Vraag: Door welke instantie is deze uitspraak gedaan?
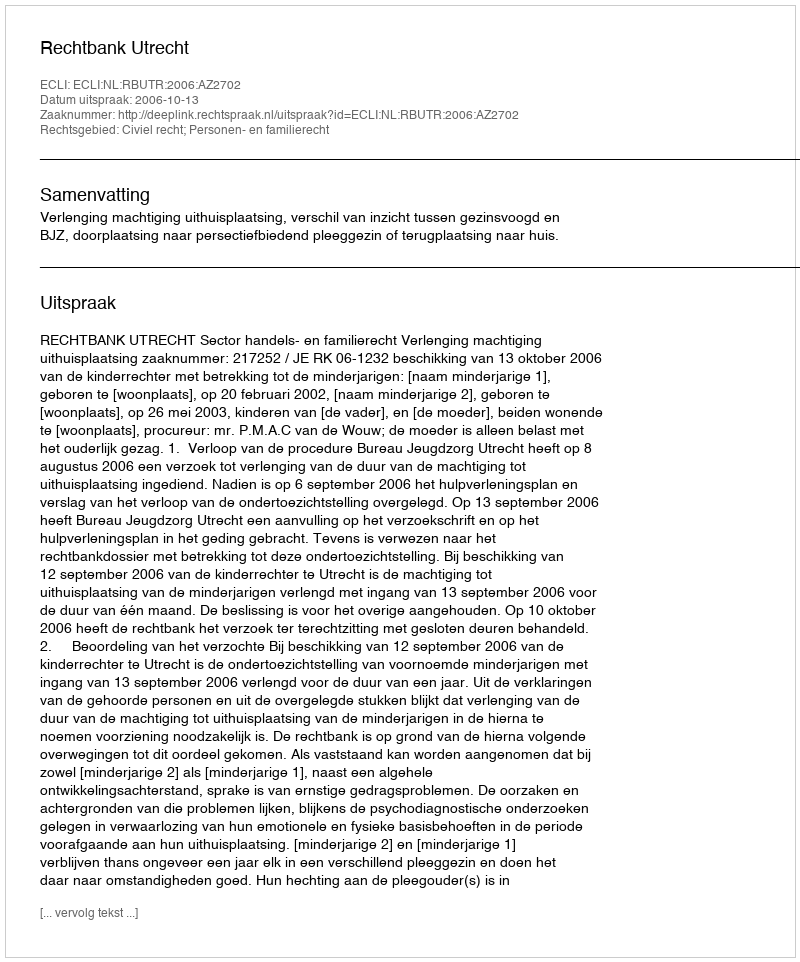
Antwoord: Rechtbank Utrecht